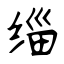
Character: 缁